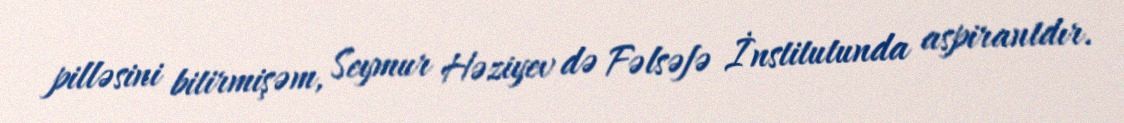
pilləsini bitirmişəm, Seymur Həziyev də Fəlsəfə İnstitutunda aspirantdır.